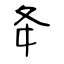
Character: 夅